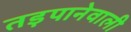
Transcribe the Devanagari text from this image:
तड़पानेवाली